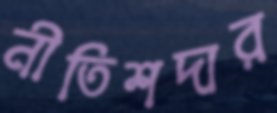
নীতিশদার